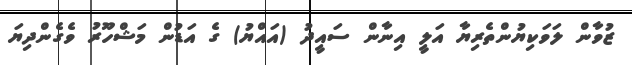
ޒުވާން ލަވަކިޔުންތެރިޔާ އަލީ އިނާން ސައީދު (އައްޔު) ގެ އަޑުން މަޝްހޫރު ވެގެންދިޔަ